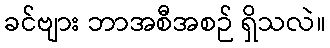
ခင်ဗျား ဘာအစီအစဉ် ရှိသလဲ။